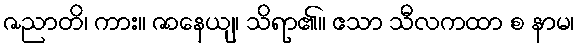
ဇညာတိ၊ ကား။ ဇာနေယျ၊ သိရာ၏။ ဧသာ သီလကထာ စ နာမ၊